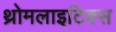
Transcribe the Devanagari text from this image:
थ्रोमलाइटिक्स